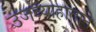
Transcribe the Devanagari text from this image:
उजव्याहाताने